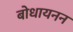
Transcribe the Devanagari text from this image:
बोधायनन